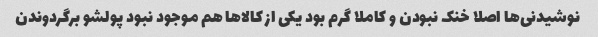
نوشیدنی‌ها اصلا خنک نبودن و کاملا گرم بود یکی از کالاها هم موجود نبود پولشو برگردوندن